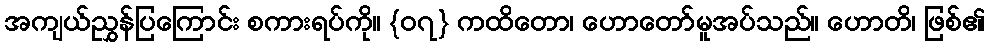
အကျယ်ညွှန်ပြကြောင်း စကားရပ်ကို။ {၀၇} ကထိတော၊ ဟောတော်မူအပ်သည်။ ဟောတိ၊ ဖြစ်၏